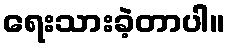
ရေးသားခဲ့တာပါ။